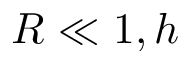
R \ll 1 , h